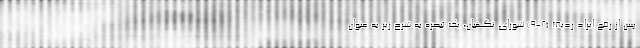
پس از رفع ایراد ردیف (۲-۹) شورای نگهبان، یک تبصره به شرح زیر به عنوان